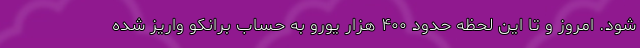
شود. امروز و تا این لحظه حدود ۴۰۰ هزار یورو به حساب برانکو واریز شده